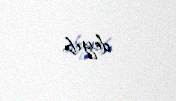
deyib.